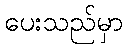
ပေးသည်မှာ